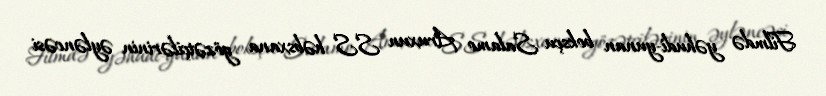
Filmdə yəhudi-yunan boksçu Salamo Aruxun SS həbsxana gözətçilərinin əyləncəsi